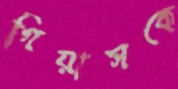
গিয়াসকে